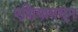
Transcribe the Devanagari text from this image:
एशियामधून